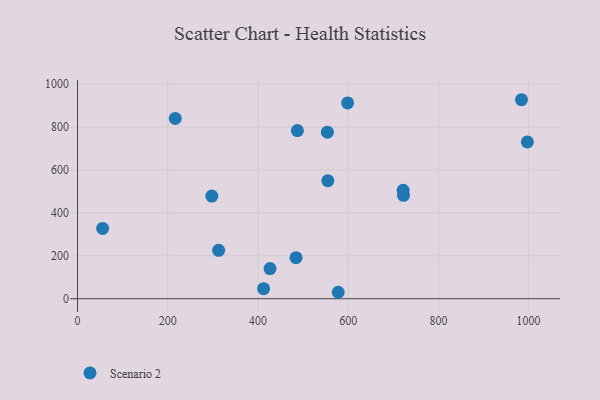
{"axis": {"x": "Ad Spend", "y": "Yield"}, "legend": ["Scenario 2"], "data": [{"x": "55.6", "y": 327.6, "type": "Scenario 2"}, {"x": "577.9", "y": 30.1, "type": "Scenario 2"}, {"x": "297.7", "y": 478.2, "type": "Scenario 2"}, {"x": "484.4", "y": 191.5, "type": "Scenario 2"}, {"x": "997.3", "y": 730.4, "type": "Scenario 2"}, {"x": "721.9", "y": 505.1, "type": "Scenario 2"}, {"x": "487.4", "y": 783.6, "type": "Scenario 2"}, {"x": "554.9", "y": 549.9, "type": "Scenario 2"}, {"x": "984.3", "y": 927.1, "type": "Scenario 2"}, {"x": "412.5", "y": 47.0, "type": "Scenario 2"}, {"x": "312.8", "y": 225.6, "type": "Scenario 2"}, {"x": "426.7", "y": 140.4, "type": "Scenario 2"}, {"x": "598.8", "y": 912.1, "type": "Scenario 2"}, {"x": "216.6", "y": 839.9, "type": "Scenario 2"}, {"x": "553.9", "y": 776.1, "type": "Scenario 2"}, {"x": "722.6", "y": 481.6, "type": "Scenario 2"}]}